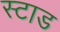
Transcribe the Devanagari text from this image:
स्टाड